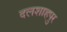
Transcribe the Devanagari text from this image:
दलशाहपुर